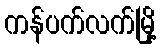
ကန်ပက်လက်မြို့